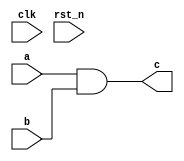

// Despcription: This is a templet for doing verilog questions
// Version: 1.0

module Top
#( 
  parameter P1 = 1,
  parameter P2 = 2
)
(
  input  wire clk,
  input  wire rst_n,

  input  wire a,
  input  wire b,
  output wire c
    
);
    
// signals define

// logic

assign c = a & b;

endmodule



//  instantiation
/*  

Top 
#( 
  .P1(1),
  .P2(2)
)
Top_inst
(
  .clk(clk),
  .rst_n(rst_n),
  .a(a),
  .b(b),
  .c(c)
);

*/